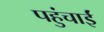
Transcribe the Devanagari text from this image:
पहुंचाईं